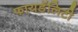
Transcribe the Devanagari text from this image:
फायडॅलिटी